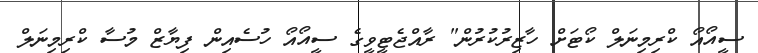
ސީއޯއޯ ކްރިމިނަލް ކޯޓަށް ހާޒިރުކުރުން" ރާއްޖެޓީވީގެ ސީއޯއޯ ހުސެއިން ފިޔާޒް މުސާ ކްރިމިނަލް